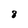
Character: 8